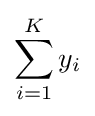
\sum _{i=1}^{K}y_{i}